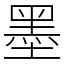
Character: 墨